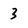
Character: 3